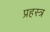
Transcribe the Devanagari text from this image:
प्रहस्त्र